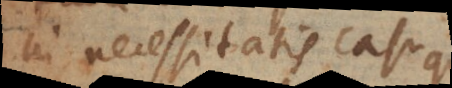
in necessitatis casu